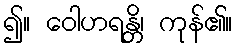
၍။ ဝေါဟရန္တိ၊ ကုန်၏။